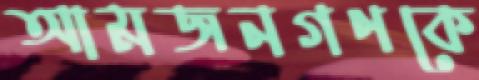
আমজনগণকে